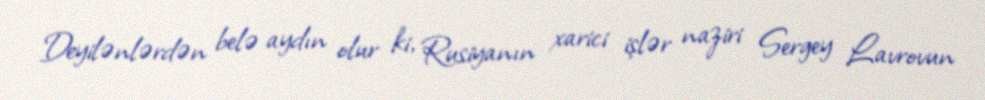
Deyilənlərdən belə aydın olur ki, Rusiyanın xarici işlər naziri Sergey Lavrovun